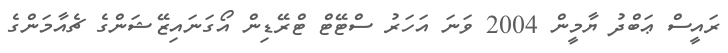
ރައީސް ޢަބްދު ޔާމީން 2004 ވަނަ އަހަރު ސްޓޭޓް ޓްރޭޑިން އޯގަނައިޒޭޝަންގެ ޗެއާމަންގެ